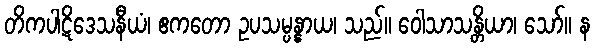
တိကပါဋိဒေသနီယံ၊ ဧကတော ဥပသမ္ပန္နာယ၊ သည်။ ဝေါသာသန္တိယာ၊ သော်။ န